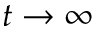
t \rightarrow \infty